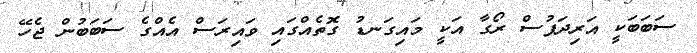
ސަބަބަކީ އަރިދަފުސް ރޯގާ އަކީ މައިގަނޑު ގޮތެއްގައި ވައިރަސް އެއްގެ ސަބަބުން ޖެހޭ